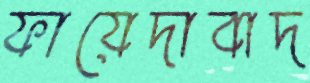
ফায়েদাবাদ